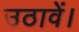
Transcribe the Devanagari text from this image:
उठावें।